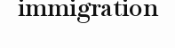
immigration